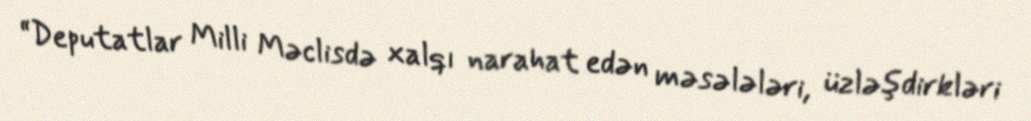
“Deputatlar Milli Məclisdə xalqı narahat edən məsələləri, üzləşdirkləri